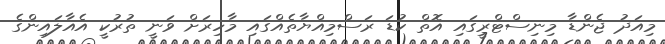
މިއަދު ޖެންޑާ މިނިސްޓްރީގައި އޮތް ކުޑަ ރަސްމިއްޔާތެއްގައި މާހިރަށް ވަނީ ތުރުކީ އެއާލައިންގެ